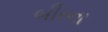
બીરના